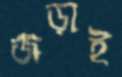
জড়াই